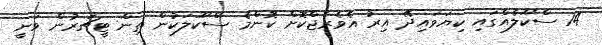
14 ސްކޫލެއްގައި ކިޔަވައިދޭ އިރު އެވެރެޖްކޮށް ކޮންމެ ސްކޫލަކުން ތިން ޓީޗަރުން ވަނީ